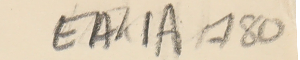
EAK1A - 180